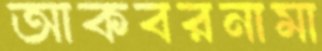
আকবরনামা